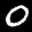
Label: 0